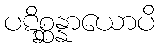
ပဋိစ္ဆန္နာယောပိ